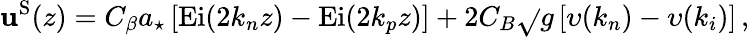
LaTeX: \mathbf{u}^{\mathrm{{S}}}(z)=C_{\beta}a_{\star}\left[\mathrm{{Ei}}(2k_{n}z)-\mathrm{{Ei}}(2k_{p}z)\right]+2C_{B}\sqrt{}{{g}}\left[\upsilon(k_{n})-\upsilon(k_{i})\right]\, ,